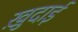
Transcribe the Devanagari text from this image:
खु़दाई